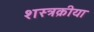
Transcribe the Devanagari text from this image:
शस्त्रक्रीया